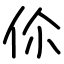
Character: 伱